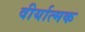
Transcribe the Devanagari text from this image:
वीर्यात्मक